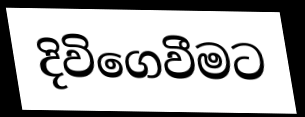
දිවිගෙවීමට